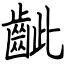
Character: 齜